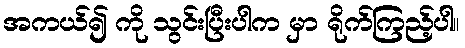
အကယ်၍ ကို သွင်းပြီးပါက မှာ ရိုက်ကြည့်ပါ။